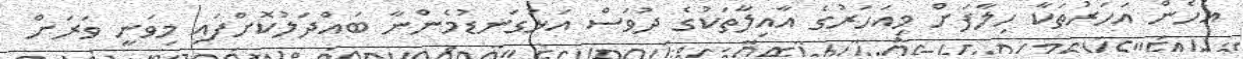
އެހެން އަހަރުތަކާ ހިލާފަށް މިއަހަރުގެ އާއިލާތަކުގެ ދުވަސް އަޅުގަނޑުމެންނާ ބައްދަލުކޮށްފައި މިވަނީ ވަރަށް